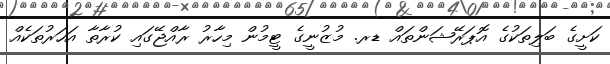
ކަށީގެ ބަލިތަކުގެ އޮޕަރޭޝަންތައް ޑރ. މުޒުނީގެ ޓީމުން މިހާރު ރާއްޖޭގައި ކުރާތާ އަހަރުތަކެއް